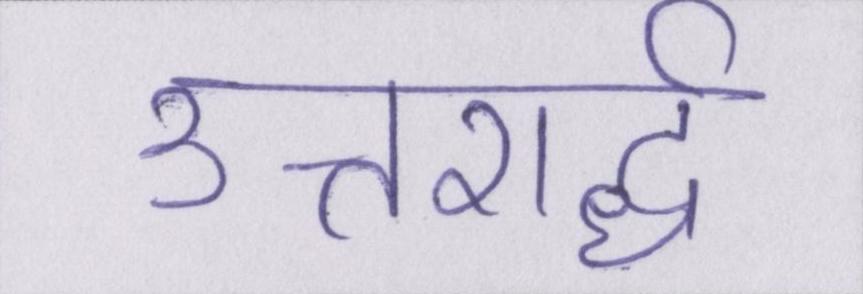
उत्तरार्द्ध